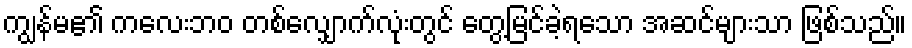
ကျွန်မ၏ ကလေးဘဝ တစ်လျှောက်လုံးတွင် တွေ့မြင်ခဲ့ရသော အဆင်များသာ ဖြစ်သည်။